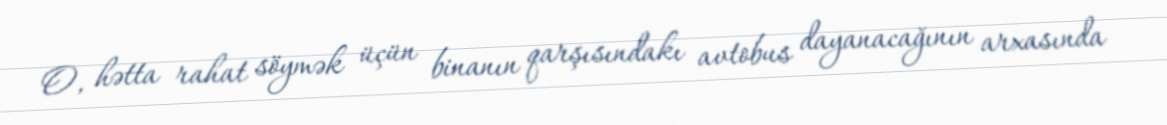
O, hətta rahat söymək üçün binanın qarşısındakı avtobus dayanacağının arxasında